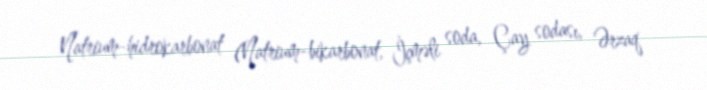
Natrium-hidrokarbonat (Natrium-bikarbonat, İçməli soda, Çay sodası, Ərzaq